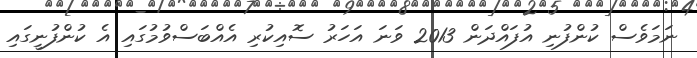
ނަމަވެސް ކުންފުނި އުފައްދަން 2013 ވަނަ އަހަރު ސޮއިކުރި އެއްބަސްވުމުގައި އެ ކުންފުނީގައި